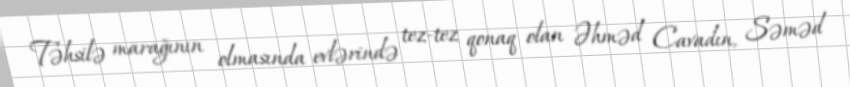
Təhsilə marağının olmasında evlərində tez-tez qonaq olan Əhməd Cavadın, Səməd